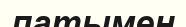
патымен